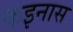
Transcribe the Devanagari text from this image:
कइनास